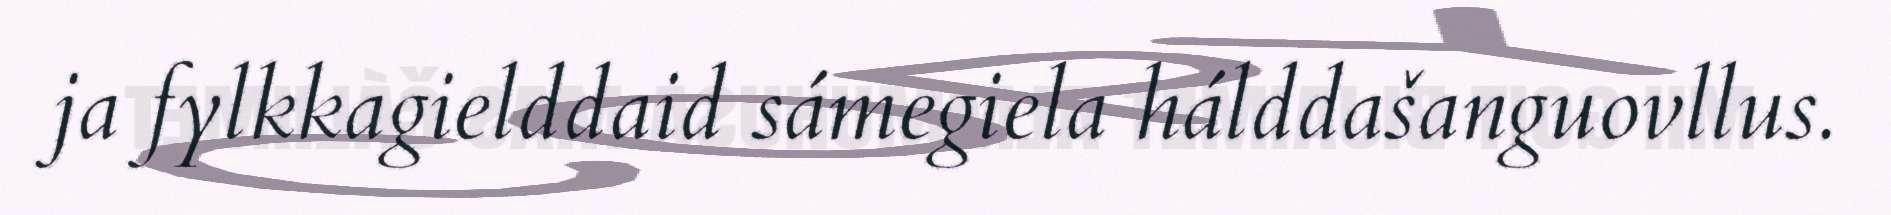
ja fylkkagielddaid sámegiela hálddašanguovllus.